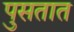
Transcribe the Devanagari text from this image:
पुसतात